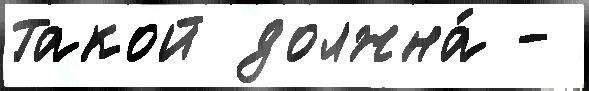
такой должна́ -